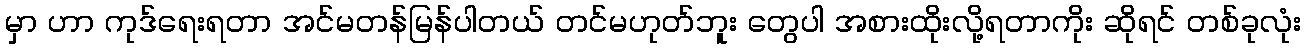
မှာ ဟာ ကုဒ်ရေးရတာ အင်မတန်မြန်ပါတယ် တင်မဟုတ်ဘူး တွေပါ အစားထိုးလို့ရတာကိုး ဆိုရင် တစ်ခုလုံး